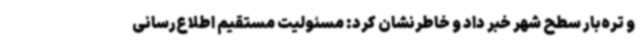
و تره‌بار سطح شهر خبر داد و خاطرنشان کرد: مسئولیت مستقیم اطلاع‌رسانی